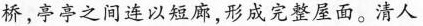
桥，亭亭之间连以短廊，形成完整屋面。清人